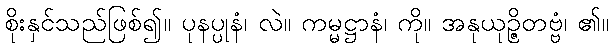
စိုးနှင်သည်ဖြစ်၍။ ပုနပ္ပုနံ၊ လဲ။ ကမ္မဋ္ဌာနံ၊ ကို။ အနုယုဉ္ဇိတဗ္ဗံ၊ ၏။